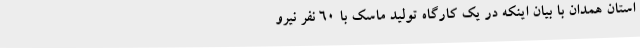
استان همدان با بیان اینکه در یک کارگاه تولید ماسک با 60 نفر نیرو